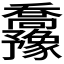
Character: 𫡡